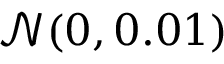
\mathcal N ( 0 , 0 . 0 1 )